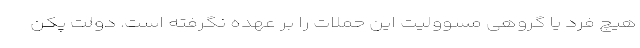
هیچ فرد یا گروهی مسوولیت این حملات را بر عهده نگرفته است. دولت پکن